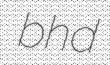
bhd